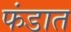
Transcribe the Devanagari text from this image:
फंडात